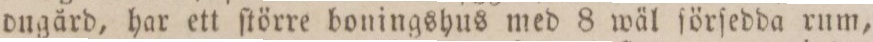
dugård, har ett ſtörre boningshus med 8 wäl ſörſedda rum,